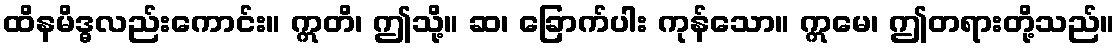
ထိနမိဒ္ဓလည်းကောင်း။ ဣတိ၊ ဤသို့။ ဆ၊ ခြောက်ပါး ကုန်သော။ ဣမေ၊ ဤတရားတို့သည်။